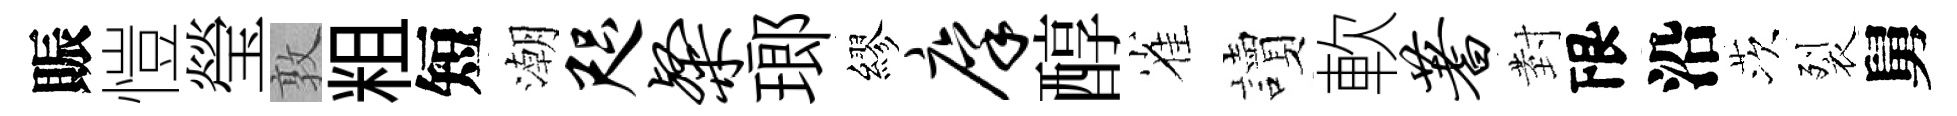
賑愷瑩敦粗短潮咫粲瑯繆廪醇雀讀軟蓍𭔹限沿茨裂舅